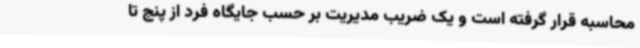
محاسبه قرار گرفته است و یک ضریب مدیریت بر حسب جایگاه فرد از پنج تا